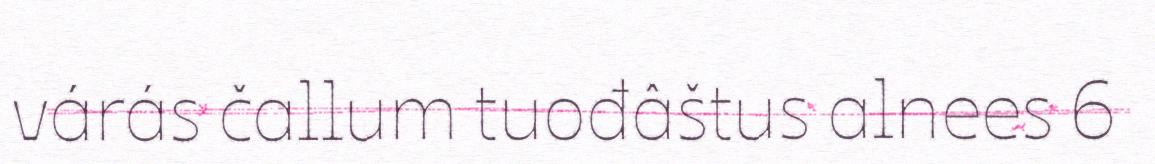
várás čallum tuođâštus alnees 6